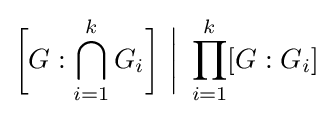
{\bigg [}G:\bigcap _{i=1}^{k}G_{i}{\bigg ]}\ {\bigg |}\ \prod _{i=1}^{k}[G:G_{i}]